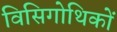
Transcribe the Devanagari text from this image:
विसिगोथिकों